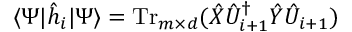
\langle \Psi | \hat { h } _ { i } | \Psi \rangle = \operatorname { T r } _ { m \times d } ( \hat { X } \hat { U } _ { i + 1 } ^ { \dag } \hat { Y } \hat { U } _ { i + 1 } )